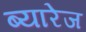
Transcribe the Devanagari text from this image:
ब्यारेज